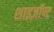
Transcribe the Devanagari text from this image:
शाइज़ॉण्ट